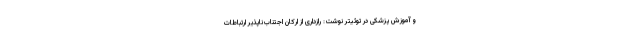
و آموزش پزشکی در توئیتر نوشت: رازداری از ارکان اجتناب‌ناپذیر ارتباطات